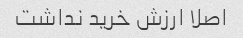
اصلا ارزش خرید نداشت